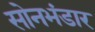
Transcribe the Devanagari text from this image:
सोनभंडार